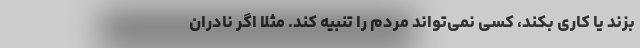
بزند یا کاری بکند، کسی نمی‌تواند مردم را تنبیه کند. مثلا اگر نادران